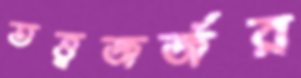
তত্ত্বজর্জর